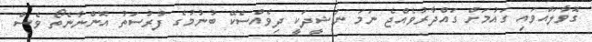
ގޮވާލައްވައި ގައުމަށް ގައްދާރުވެއްޖެ ނަމަ ނަޝީދަކީ ދިވެއްސެކޭ ބުނުމުގެ ފުރުސަތު އޮންނާނެތޯ ވެސް